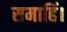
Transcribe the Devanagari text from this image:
समाहिं।